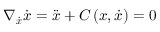
\nabla _ { \Dot { \boldsymbol x } } \Dot { \boldsymbol { x } } = \Ddot { \boldsymbol x } + C \left( \boldsymbol x , \dot { \boldsymbol x } \right) = 0